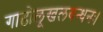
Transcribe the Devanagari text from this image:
गाढोलूखलबन्धनः।